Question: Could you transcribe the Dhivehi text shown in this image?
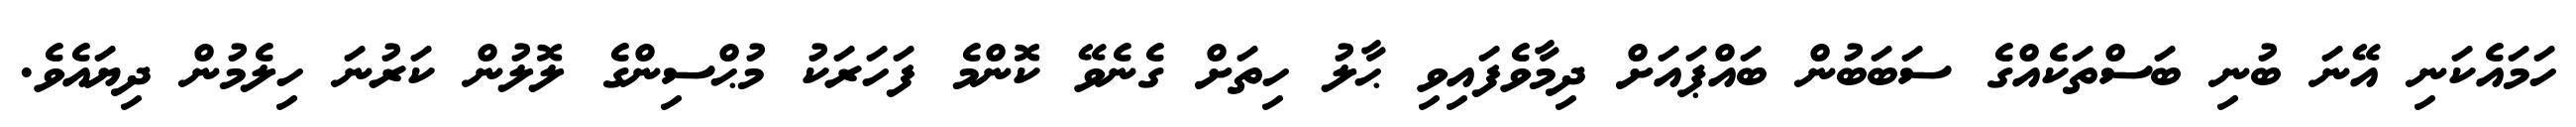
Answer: ހަމައެކަނި އޭނަ ބުނި ބަސްތަކެއްގެ ސަބަބުން ބައްޕައަށް ދިމާވެފައިވި ޙާލު ހިތަށް ގެނެވޭ ކޮންމެ ފަހަރަކު މުޙްސިންގެ ލޮލުން ކަރުނަ ހިލެމުން ދިޔައެވެ.